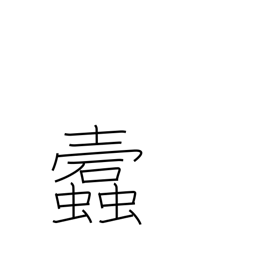
Meaning: worm-eaten